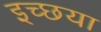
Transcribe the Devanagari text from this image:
इच्छया